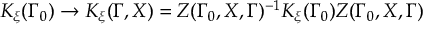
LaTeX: K _ { \xi } ( \Gamma _ { 0 } ) \rightarrow K _ { \xi } ( \Gamma , X ) = Z ( \Gamma _ { 0 } , X , \Gamma ) ^ { - 1 } K _ { \xi } ( \Gamma _ { 0 } ) Z ( \Gamma _ { 0 } , X , \Gamma )